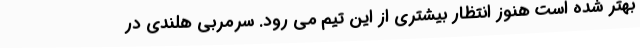
بهتر شده است هنوز انتظار بیشتری از این تیم می رود. سرمربی هلندی در